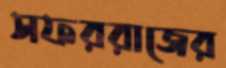
সফররাজের